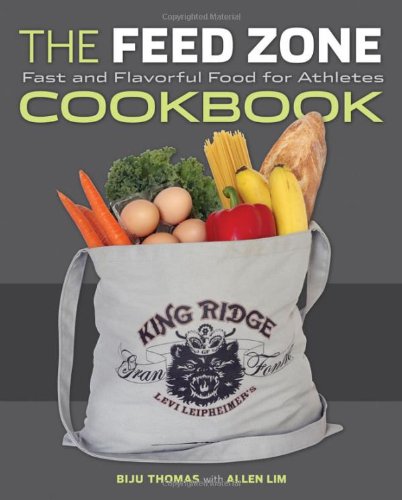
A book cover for The Feed Zone Cookbook: Fast and Flavorful Food for Athletes (The Feed Zone Series); Biju K. Thomas; Health, Fitness & Dieting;